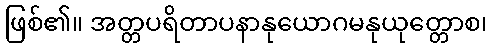
ဖြစ်၏။ အတ္တပရိတာပနာနုယောဂမနုယုတ္တောစ၊